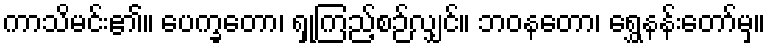
ကာသိမင်း၏။ ပေက္ခတော၊ ရှုကြည့်စဉ်လျှင်။ ဘဝနတော၊ ရွှေနန်းတော်မှ။